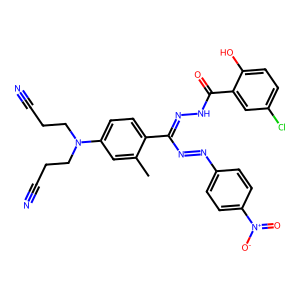
SMILES: Cc1cc(N(CCC#N)CCC#N)ccc1C(N=Nc1ccc([N+](=O)[O-])cc1)=NNC(=O)c1cc(Cl)ccc1O
Inhibits HIV replication: No